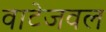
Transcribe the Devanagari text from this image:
वाटेजवल